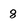
Character: 8